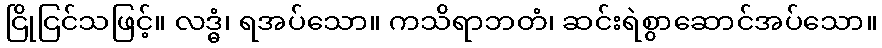
ငြိုငြင်သဖြင့်။ လဒ္ဓံ၊ ရအပ်သော။ ကသိရာဘတံ၊ ဆင်းရဲစွာဆောင်အပ်သော။